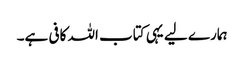
ہمارے لیے یہی کتاب اللہ کافی ہے۔